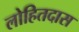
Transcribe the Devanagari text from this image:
लोहितदास